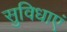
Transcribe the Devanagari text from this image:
सुविधाएं